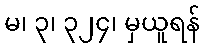
မ၊ ၃၊ ၃၂၄၊ မှယူရန်